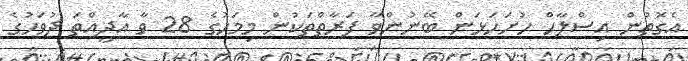
އެގޮތުން އިސްލާހް ހުށަހަޅަން ބޭނުންވާ ފަރާތްތަކުން މިމަހުގެ 28 ވާ އާދީއްތަ ދުވަހުގެ